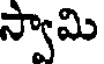
స్వామి